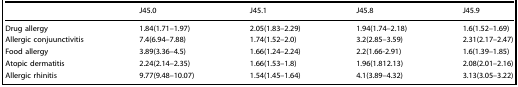
|  | J45.0 | J45.1 | J45.8 | J45.9 |
 | --- | --- | --- | --- | --- |
 | Drug allergy | 1.84(1.71–1.97) | 2.05(1.83–2.29) | 1.94(1.74–2.18) | 1.6(1.52–1.69) |
 | Allergic conjuunctivitis | 7.4(6.94–7.88) | 1.74(1.52–2.0) | 3.2(2.85–3.59) | 2.31(2.17–2.47) |
 | Food allergy | 3.89(3.36–4.5) | 1.66(1.24–2.24) | 2.2(1.66-2.91) | 1.6(1.39–1.85) |
 | Atopic dermatitis | 2.24(2.14–2.35) | 1.66(1.53–1.8) | 1.96(1.812.13) | 2.08(2.01–2.16) |
 | Allergic rhinitis | 9.77(9.48–10.07) | 1.54(1.45–1.64) | 4.1(3.89–4.32) | 3.13(3.05–3.22) |